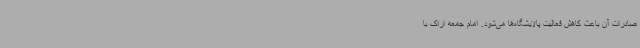
صادرات آن باعث کاهش فعالیت پالایشگاه‌ها می‌شود. امام جمعه اراک با